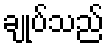
ချုပ်သည်